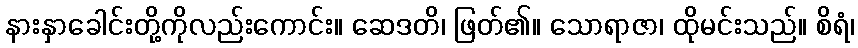
နားနှာခေါင်းတို့ကိုလည်းကောင်း။ ဆေဒတိ၊ ဖြတ်၏။ သောရာဇာ၊ ထိုမင်းသည်။ စိရံ၊